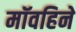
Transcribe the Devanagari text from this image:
मॉवहिने